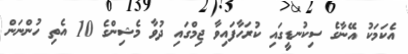
އެކަމަކު އޭނާގެ ސިކުނޑީގައި ކުރަހާފައިވާ ޖިމްގައި ދުވާ މެޝިންގެ 10 އެތި ހުންނަން